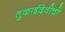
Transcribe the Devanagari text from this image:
तुकाईदेवीची